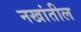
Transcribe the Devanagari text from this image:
नखांतील